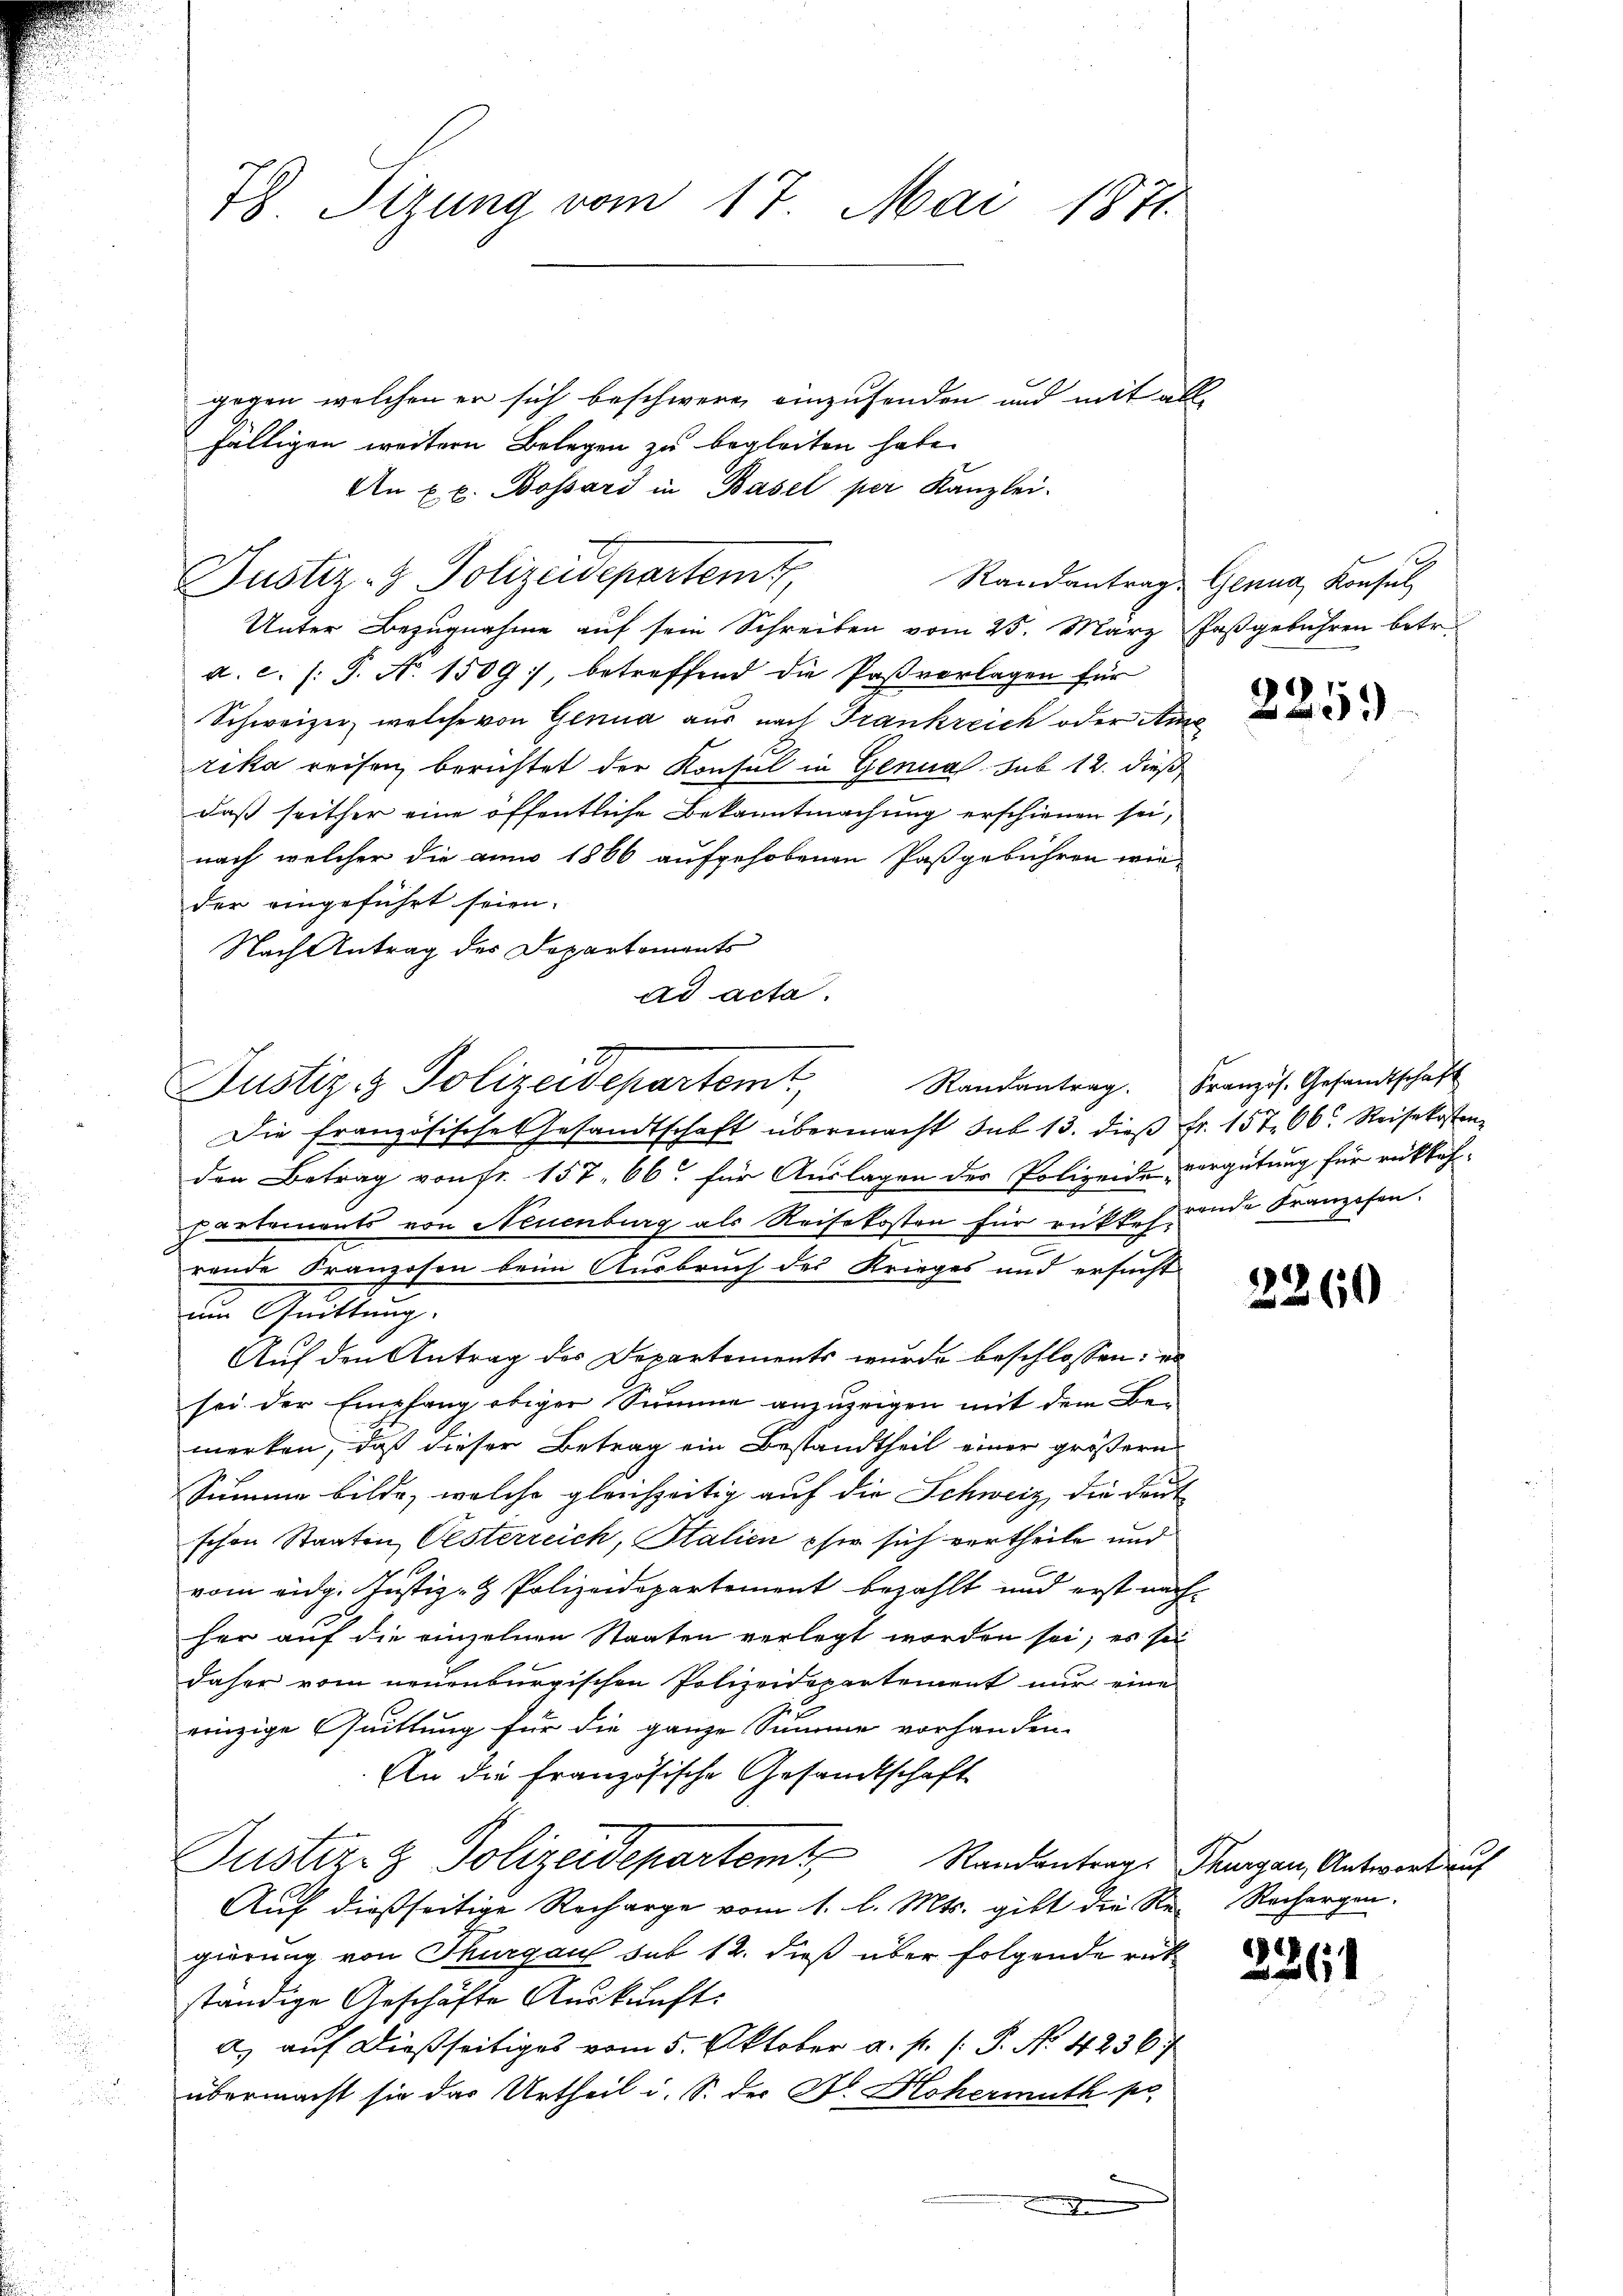
78. Sizung vom 17. Mai 1871

Justiz- & Polizeidepartemt,

Unter Bezugnahme auf sein Schreiben vom 25. März Jasgebühren betr.
a. c. s. S. No. 1509), betreffend die Paßvorlagen für
Schweizer, welche von Genua aus nach Frankreich oder Ause
rika reisen berichtet der Konseil in Genual sub 12. dieß
daß seither eine öffentliche Bekanntmachung erschienen sei,
nach welcher die anno 1866 aufgehobenen Pasgebühren wie-
der eingeführt seien.
Nach Antrag des Departements
ad acta.
2.
Die französische Gesandtschaft übermacht sub 13. dieβ Fr. 157. 66. Reisekosten
den Betrag von fr. 157. 66. für Auslagen des Polizeide vergütung für rücktafpartements von Neuenburg als Reisekosten für rükkehrende Franzosen.
rende Franzosen beim Ausbruch des Krieges und ersucht
dim Quittung.
Auf den Antrag des Departements wurde beschlossen: e
sei der Empfang obiger Summe anzuzeigen mit dem Bemerken, daß dieser Betrag ein Bestandtheil einer größern
Summe bilde, welche gleichzeitig auf die Schweiz, die Deut
schon Staaten Oesterreich, Stalien pfer sich vertheile und
vom eidg. Justiz- & Polizeidepartement bezahlt und erst nachher auf die einzelnen Staaten verlegt worden sei; es sei
daher vom neuenburgischen Polizeidepartement nur eine
rinzige Quittung für die ganze Summe vorhanden.
An die Französische Gesandtschaft
Justiz- & Polizeidepartem Standantrags-Thurgau, Antwortung
Auf dießseitige Recharge vom 1. l. Mts. gibt die Re- Rechargen.
gierung von Thurgau sub 12. dieß über folgende rükständige Geschäfte Auskunft:
a) auf dießseitiges vom 5. Oktober a. p. 1. P. Nr. 42367
übermacht sie das Urtheil i. S. der Dr. Hohermuth pr

gegen welchen er sich beschweren einzusenden und mit all
fälligen weitern Belegen zu begleiten habe.
An Ex. Bossard in Basel per Kanzlei-

Justiz- & Polizeidepartem

Randantrag. Französ. Gesandtschaft

Randantrag Genua, Konsul

2259

2260

226